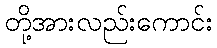
တို့အားလည်းကောင်း